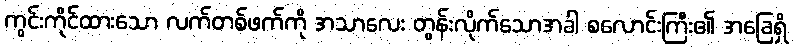
ကွင်းကိုင်ထားသော လက်တစ်ဖက်ကို အသာလေး တွန်းလိုက်သောအခါ စလောင်းကြီး၏ အခြေရှိ